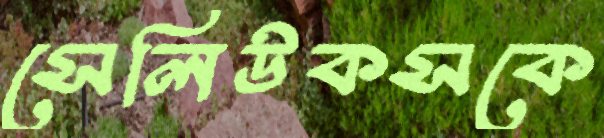
সেলিউকসকে